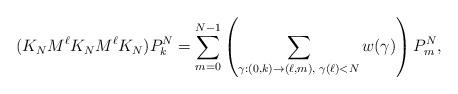
LaTeX: \begin{align*}(K_NM^\ell K_NM^\ell K_N )P_{k}^N=\sum_{m=0}^{N-1}\left(\sum_{\gamma : (0,k)\rightarrow (\ell,m),\;\gamma(\ell)<N}w(\gamma)\right)P_{m}^N,\end{align*}